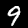
Digit: 9